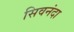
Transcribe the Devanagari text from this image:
सिवनंदा